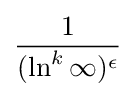
{\frac {1}{(\ln ^{k}\infty )^{\epsilon }}}